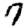
Digit: 7